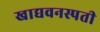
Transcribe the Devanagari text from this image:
खाद्यवनस्पती